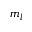
m _ { l }